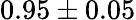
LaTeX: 0.95\pm 0.05